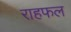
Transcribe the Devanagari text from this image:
राहफल